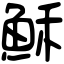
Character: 穌